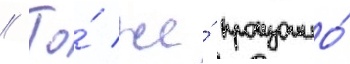
// То́ же́ произошло́